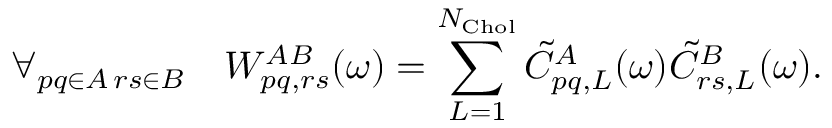
\forall _ { \substack { p q \in A \, r s \in B } } \ \ \ W _ { p q , r s } ^ { A B } ( \omega ) = \sum _ { L = 1 } ^ { N _ { \mathrm { C h o l } } } \tilde { C } _ { p q , L } ^ { A } ( \omega ) \tilde { C } _ { r s , L } ^ { B } ( \omega ) .